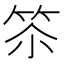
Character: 䇣